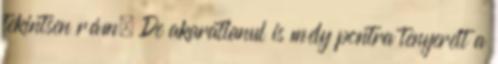
tekintsen rám. De akaratlanul is mély pontra tenyerelt a